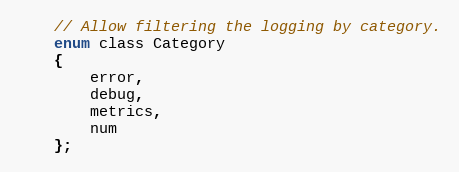
Language: C
	// Allow filtering the logging by category.
	enum class Category
	{
		error,
		debug,
		metrics,
		num
	};